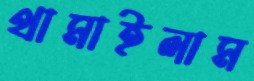
থামাইলাম